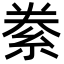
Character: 絭